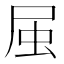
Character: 𭕛